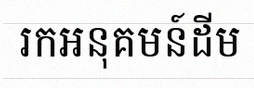
រកអនុគមន៍ដើម